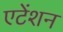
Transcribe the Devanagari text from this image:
एटेंशन